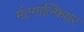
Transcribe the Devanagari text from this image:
मंटगाल्फियर